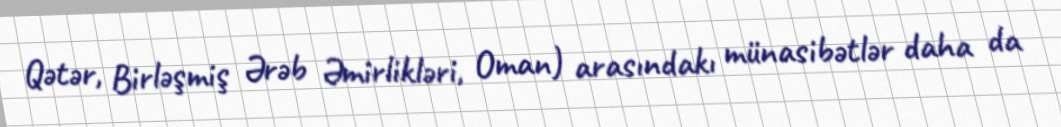
Qətər, Birləşmiş Ərəb Əmirlikləri, Oman) arasındakı münasibətlər daha da